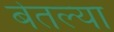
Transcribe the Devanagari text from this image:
बेतल्या